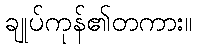
ချုပ်ကုန်၏တကား။